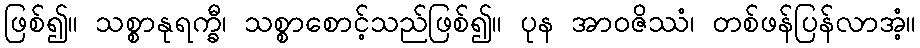
ဖြစ်၍။ သစ္စာနုရက္ခီ၊ သစ္စာစောင့်သည်ဖြစ်၍။ ပုန အာဝဇိဿံ၊ တစ်ဖန်ပြန်လာအံ့။